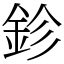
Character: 鉁